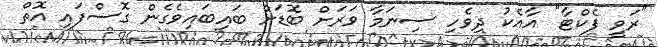
"ރަވީ ފެކްޓާ" އާއެކު ދިވެހި ސިނަމާ ވަރަށް ބޮޑަށް ބައިބައިވެގެން ގޮސްފައި އޮތް